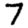
Digit: 7